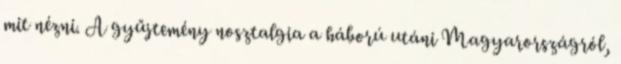
mit nézni. A gyűjtemény nosztalgia a háború utáni Magyarországról,